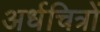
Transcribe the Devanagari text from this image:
अर्धचित्रों